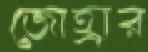
জোহ্রার